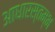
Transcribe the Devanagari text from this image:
आधारस्तम्भ